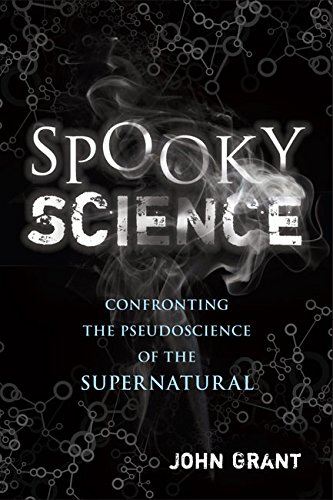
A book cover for Spooky Science: Debunking the Pseudoscience of the Afterlife; John Grant; Science & Math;